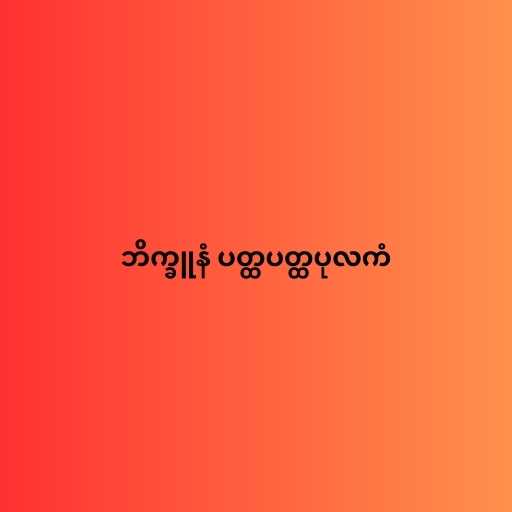
ဘိက္ခူနံ ပတ္ထပတ္ထပုလကံ